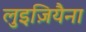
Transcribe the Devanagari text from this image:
लुइज़ियैना